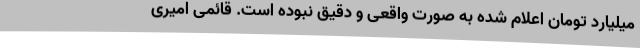
میلیارد تومان اعلام شده به صورت واقعی و دقیق نبوده است. قائمی امیری